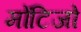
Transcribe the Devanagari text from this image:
मोंटिजो